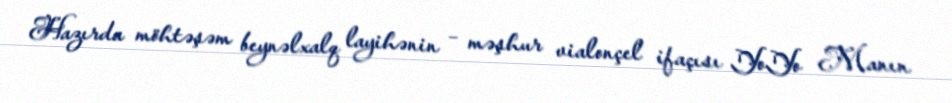
Hazırda möhtəşəm beynəlxalq layihənin – məşhur vialonçel ifaçısı YoYo Manın